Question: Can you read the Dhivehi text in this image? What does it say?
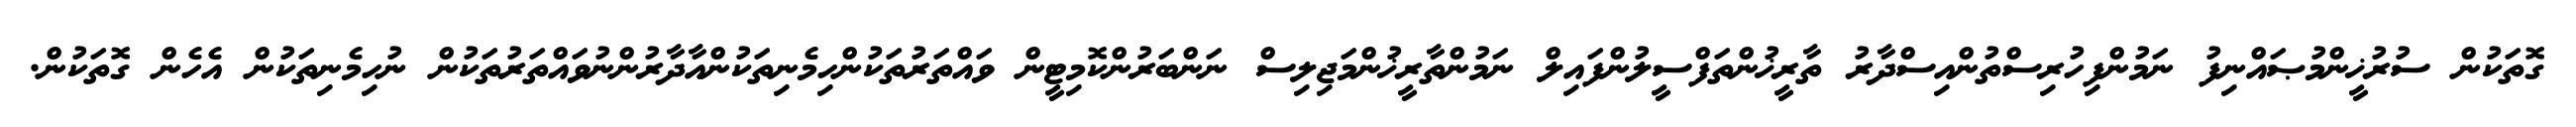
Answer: ގޮތަކުން ސުރުޚީންމުޞައްނިފު ނަމުންފިހުރިސްތުންއިސްދާރު ތާރީޚުންތަފްސީލުންފައިލް ނަމުންތާރީޚުންމަޖިލިސް ނަންބަރުންކޮމިޓީން ވައްތަރުތަކުންހިމެނިތަކުންއާދާރުންނުވައްތަރުތަކުން ނުހިމެނިތަކުން އެހެން ގޮތަކުން.